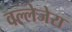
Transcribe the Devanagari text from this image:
वल्लेजेरा